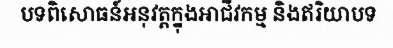
បទពិសោធន៍អនុវត្តក្នុងអាជីវកម្ម និងឥរិយាបទ